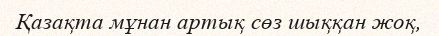
Қазақта мұнан артық сөз шыққан жоқ,